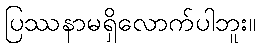
ပြဿနာမရှိလောက်ပါဘူး။